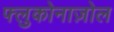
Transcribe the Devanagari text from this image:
फ्लुकोनाज़ोल